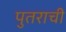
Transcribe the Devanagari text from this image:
पुतराची